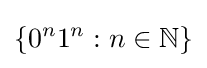
\{0^{n}1^{n}:n\in \mathbb {N} \}